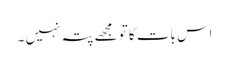
اس بات کا تو مجھے پتہ نہیں ۔